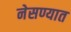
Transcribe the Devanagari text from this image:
नेसण्यात